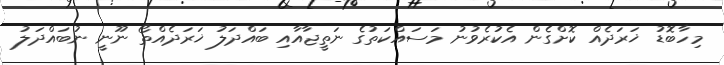
މިހާބޮޑު ޚަރަދެއް ކޮށްގެން އެކުރެވުނު މަސައްކަތުގެ ނަތީޖާއާއި ބައްދަލު ޚަރަދެއްތޯ ނޫނީ ނުބައްދަލު